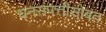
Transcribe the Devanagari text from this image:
धनसंपत्तीसोबत